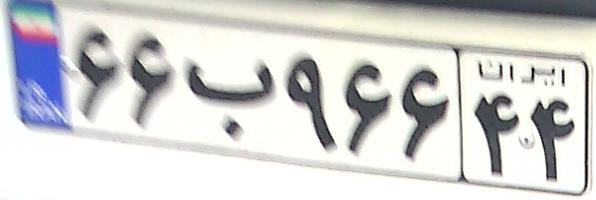
۶۶ب۹۶۶۴۴